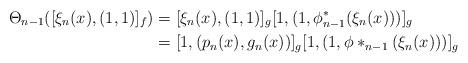
LaTeX: \begin{align*}\Theta_{n-1}([\xi_n(x),(1,1)]_f) &=[\xi_n(x),(1,1)]_g [1,(1,\phi^*_{n-1}(\xi_n(x)))]_g \\&=[1,(p_n(x),g_n(x))]_g [1,(1,\phi*_{n-1}(\xi_n(x)))]_g \end{align*}